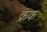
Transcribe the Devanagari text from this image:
क्रक